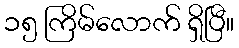
၁၅ ကြိမ်လောက် ရှိပြီ။